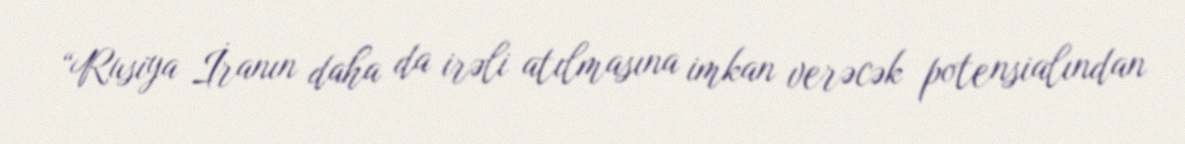
“Rusiya İranın daha da irəli atılmasına imkan verəcək potensialından